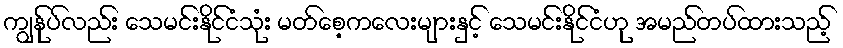
ကျွန်ုပ်လည်း သေမင်းနိုင်ငံသုံး မတ်စေ့ကလေးများနှင့် သေမင်းနိုင်ငံဟု အမည်တပ်ထားသည့်